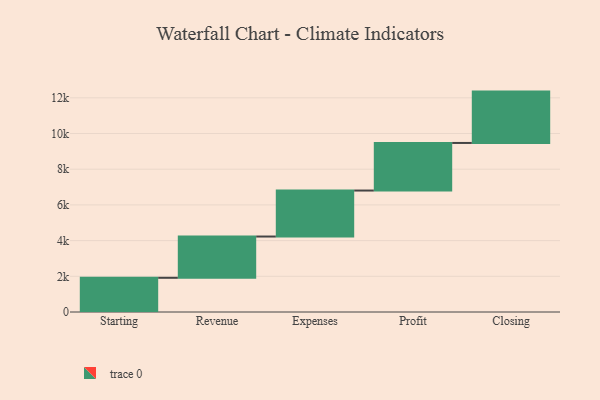
{"axis": {"x": "Step", "y": "Value"}, "legend": [""], "data": [{"x": "Starting", "y": 1916.0, "type": ""}, {"x": "Revenue", "y": 2312.0, "type": ""}, {"x": "Expenses", "y": 2577.0, "type": ""}, {"x": "Profit", "y": 2666.0, "type": ""}, {"x": "Closing", "y": 2877.0, "type": ""}]}